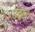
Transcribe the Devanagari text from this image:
उद्बलः